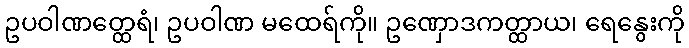
ဥပဝါဏတ္ထေရံ၊ ဥပဝါဏ မထေရ်ကို။ ဥဏှောဒကတ္ထာယ၊ ရေနွေးကို